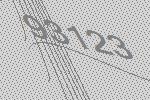
93123